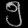
Digit: ၅